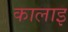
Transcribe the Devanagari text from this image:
कालाइ